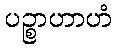
ပဉ္စာဟာဟံ